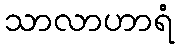
သာလာဟာရံ